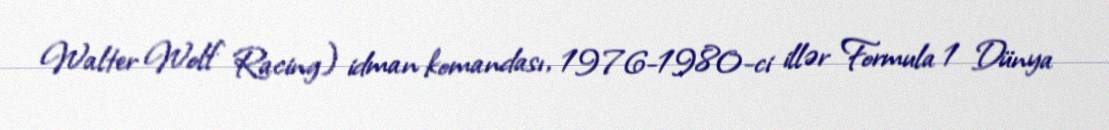
Walter Wolf Racing) idman komandası, 1976-1980-ci illər Formula 1 Dünya